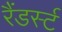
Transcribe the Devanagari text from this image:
रैंडर्स्ट